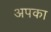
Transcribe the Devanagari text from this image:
अपका